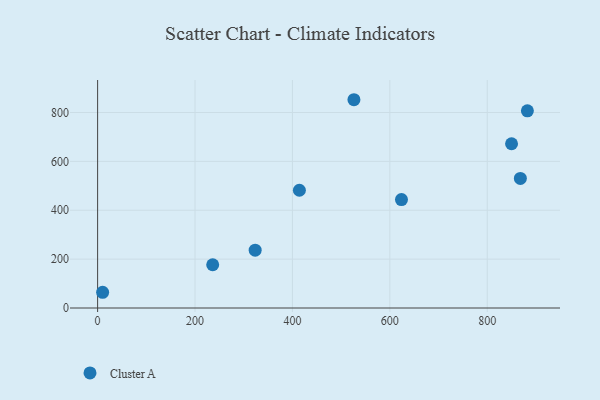
{"axis": {"x": "Experience", "y": "Demand"}, "legend": ["Cluster A"], "data": [{"x": "868.0", "y": 530.3, "type": "Cluster A"}, {"x": "10.3", "y": 64.4, "type": "Cluster A"}, {"x": "236.3", "y": 177.1, "type": "Cluster A"}, {"x": "414.3", "y": 481.8, "type": "Cluster A"}, {"x": "526.3", "y": 852.3, "type": "Cluster A"}, {"x": "882.4", "y": 807.0, "type": "Cluster A"}, {"x": "623.9", "y": 443.7, "type": "Cluster A"}, {"x": "323.5", "y": 236.5, "type": "Cluster A"}, {"x": "849.9", "y": 672.1, "type": "Cluster A"}]}